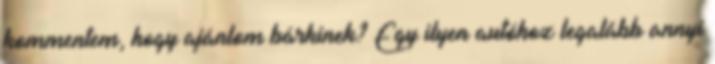
kommentem, hogy ajánlom bárkinek? Egy ilyen autóhoz legalább annyi